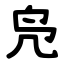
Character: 凫